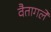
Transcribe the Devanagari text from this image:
वैतागले